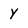
Character: y